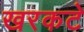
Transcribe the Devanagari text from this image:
खरकटे